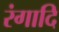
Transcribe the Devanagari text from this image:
रंगादि